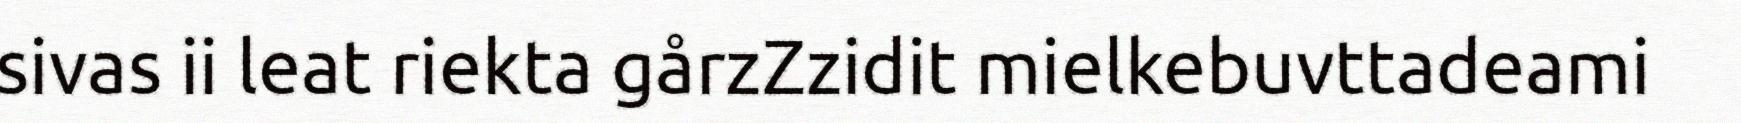
sivas ii leat riekta gårzZzidit mielkebuvttadeami